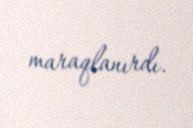
maraqlanırdı.